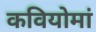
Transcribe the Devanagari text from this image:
कवियोमां